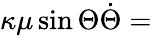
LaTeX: \kappa\mu\sin\Theta\dot{\Theta}=